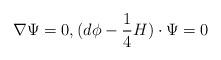
LaTeX: \begin{align*} \nabla \Psi=0, (d\phi - \frac{1}{4}H)\cdot \Psi=0\end{align*}